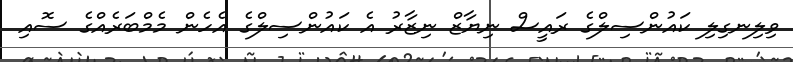
ވިލިނގިލި ކައުންސިލްގެ ރައީސް ނިޔާޒް ނިޒާރު އެ ކައުންސިލްގެ އެހެން މެމްބަރެއްގެ ސޮއި